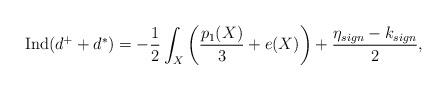
LaTeX: \begin{align*} \operatorname{Ind}(d^+ + d^*) = -\frac{1}{2} \int_X \left( \frac{p_1 (X)}{3} + e(X)\right) + \frac{\eta_{sign} - k_{sign}}{2}, \end{align*}